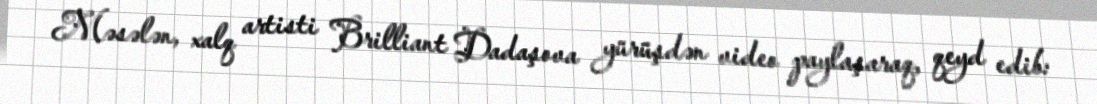
Məsələn, xalq artisti Brilliant Dadaşova yürüşdən video paylaşaraq, qeyd edib: